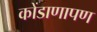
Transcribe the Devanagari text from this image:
कोंडाणापण